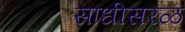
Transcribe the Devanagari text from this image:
साधीसरळ